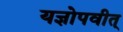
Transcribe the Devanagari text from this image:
यज्ञोपवीत्